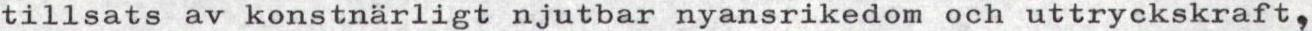
tillsats av konstnärligt njutbar nyansrikedom och uttryckskraft,